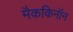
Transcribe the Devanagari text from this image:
मैककिनॉन